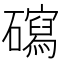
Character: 𥖽